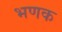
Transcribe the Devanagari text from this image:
भणक